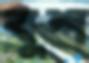
বুশ